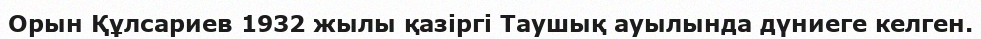
Орын Құлсариев 1932 жылы қазіргі Таушық ауылында дүниеге келген.